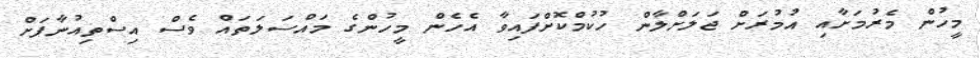
މީހުން މެރުމަށާއި އުމުރަށް ޖަލަށްލާން ހުކުމްކޮށްފައިވާ އެހެން މީހުންގެ މައްސަލަތައް ވެސް އިސްތިއުނާފަށް